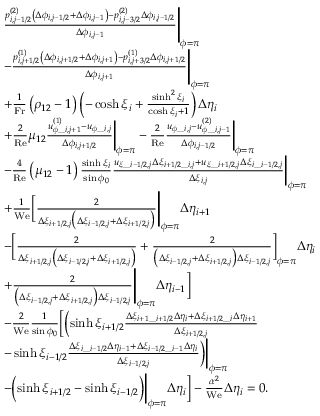
\begin{array} { r l } & { \begin{array} { r l } & { \frac { p _ { i , j - 1 / 2 } ^ { ( 2 ) } \left( \Delta \phi _ { i , j - 1 / 2 } + \Delta \phi _ { i , j - 1 } \right) - p _ { i , j - 3 / 2 } ^ { ( 2 ) } \Delta \phi _ { i , j - 1 / 2 } } { \Delta \phi _ { i , j - 1 } } \Biggr | _ { \phi = \pi } } \\ & { - \frac { p _ { i , j + 1 / 2 } ^ { ( 1 ) } \left( \Delta \phi _ { i , j + 1 / 2 } + \Delta \phi _ { i , j + 1 } \right) - p _ { i , j + 3 / 2 } ^ { ( 1 ) } \Delta \phi _ { i , j + 1 / 2 } } { \Delta \phi _ { i , j + 1 } } \Biggr | _ { \phi = \pi } } \\ & { + \frac { 1 } { \mathrm { F r } } \left( \rho _ { 1 2 } - 1 \right) \left( - \cosh \xi _ { i } + \frac { \sinh ^ { 2 } \xi _ { i } } { \cosh \xi _ { i } + 1 } \right) \Delta \eta _ { i } } \\ & { + \frac { 2 } { \mathrm { R e } } \mu _ { 1 2 } \frac { u _ { \phi \_ i , j + 1 } ^ { ( 1 ) } - u _ { \phi \_ i , j } } { \Delta \phi _ { i , j + 1 / 2 } } \biggr | _ { \phi = \pi } - \frac { 2 } { \mathrm { R e } } \frac { u _ { \phi \_ i , j } - u _ { \phi \_ i , j - 1 } ^ { ( 2 ) } } { \Delta \phi _ { i , j - 1 / 2 } } \biggr | _ { \phi = \pi } } \\ & { - \frac { 4 } { \mathrm { R e } } \left( \mu _ { 1 2 } - 1 \right) \frac { \sinh \xi _ { i } } { \sin \phi _ { 0 } } \frac { u _ { \xi \_ i - 1 / 2 , j } \Delta \xi _ { i + 1 / 2 \_ i , j } + u _ { \xi \_ i + 1 / 2 , j } \Delta \xi _ { i \_ i - 1 / 2 , j } } { \Delta \xi _ { i , j } } \biggr | _ { \phi = \pi } } \\ & { + \frac { 1 } { \mathrm { W e } } \bigg [ \frac { 2 } { \Delta \xi _ { i + 1 / 2 , j } \big ( \Delta \xi _ { i - 1 / 2 , j } + \Delta \xi _ { i + 1 / 2 , j } \big ) } \Biggr | _ { \phi = \pi } \Delta \eta _ { i + 1 } } \\ & { - \bigg [ \frac { 2 } { \Delta \xi _ { i + 1 / 2 , j } \big ( \Delta \xi _ { i - 1 / 2 , j } + \Delta \xi _ { i + 1 / 2 , j } \big ) } + \frac { 2 } { \big ( \Delta \xi _ { i - 1 / 2 , j } + \Delta \xi _ { i + 1 / 2 , j } \big ) \Delta \xi _ { i - 1 / 2 , j } } \bigg ] _ { \phi = \pi } \Delta \eta _ { i } } \\ & { + \frac { 2 } { \big ( \Delta \xi _ { i - 1 / 2 , j } + \Delta \xi _ { i + 1 / 2 , j } \big ) \Delta \xi _ { i - 1 / 2 , j } } \Biggr | _ { \phi = \pi } \Delta \eta _ { i - 1 } \bigg ] } \\ & { - \frac { 2 } { \mathrm { W e } } \frac { 1 } { \sin \phi _ { 0 } } \biggl [ \biggl ( \sinh \xi _ { i + 1 / 2 } \frac { \Delta \xi _ { i + 1 \_ i + 1 / 2 } \Delta \eta _ { i } + \Delta \xi _ { i + 1 / 2 \_ i } \Delta \eta _ { i + 1 } } { \Delta \xi _ { i + 1 / 2 , j } } } \\ & { - \sinh \xi _ { i - 1 / 2 } \frac { \Delta \xi _ { i \_ i - 1 / 2 } \Delta \eta _ { i - 1 } + \Delta \xi _ { i - 1 / 2 \_ i - 1 } \Delta \eta _ { i } } { \Delta \xi _ { i - 1 / 2 , j } } \biggr ) \biggr | _ { \phi = \pi } } \\ & { - \biggl ( \sinh \xi _ { i + 1 / 2 } - \sinh \xi _ { i - 1 / 2 } \biggr ) \biggr | _ { \phi = \pi } \Delta \eta _ { i } \biggr ] - \frac { \alpha ^ { 2 } } { \mathrm { W e } } \Delta \eta _ { i } = 0 . } \end{array} } \end{array}